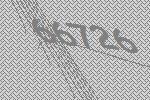
66726